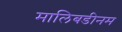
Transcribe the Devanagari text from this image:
मालिबडीनम